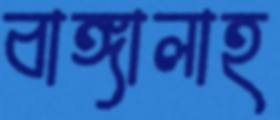
বাঙ্গালাহ